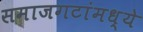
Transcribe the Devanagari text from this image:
समाजगटांमध्ये